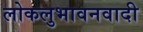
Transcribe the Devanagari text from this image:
लोकलुभावनवादी